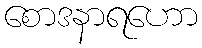
စောဒနာရဟော